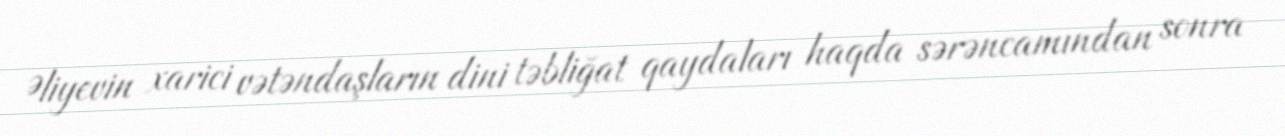
Əliyevin xarici vətəndaşların dini təbliğat qaydaları haqda sərəncamından sonra